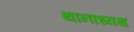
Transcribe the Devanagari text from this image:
थानाध्यक्ष